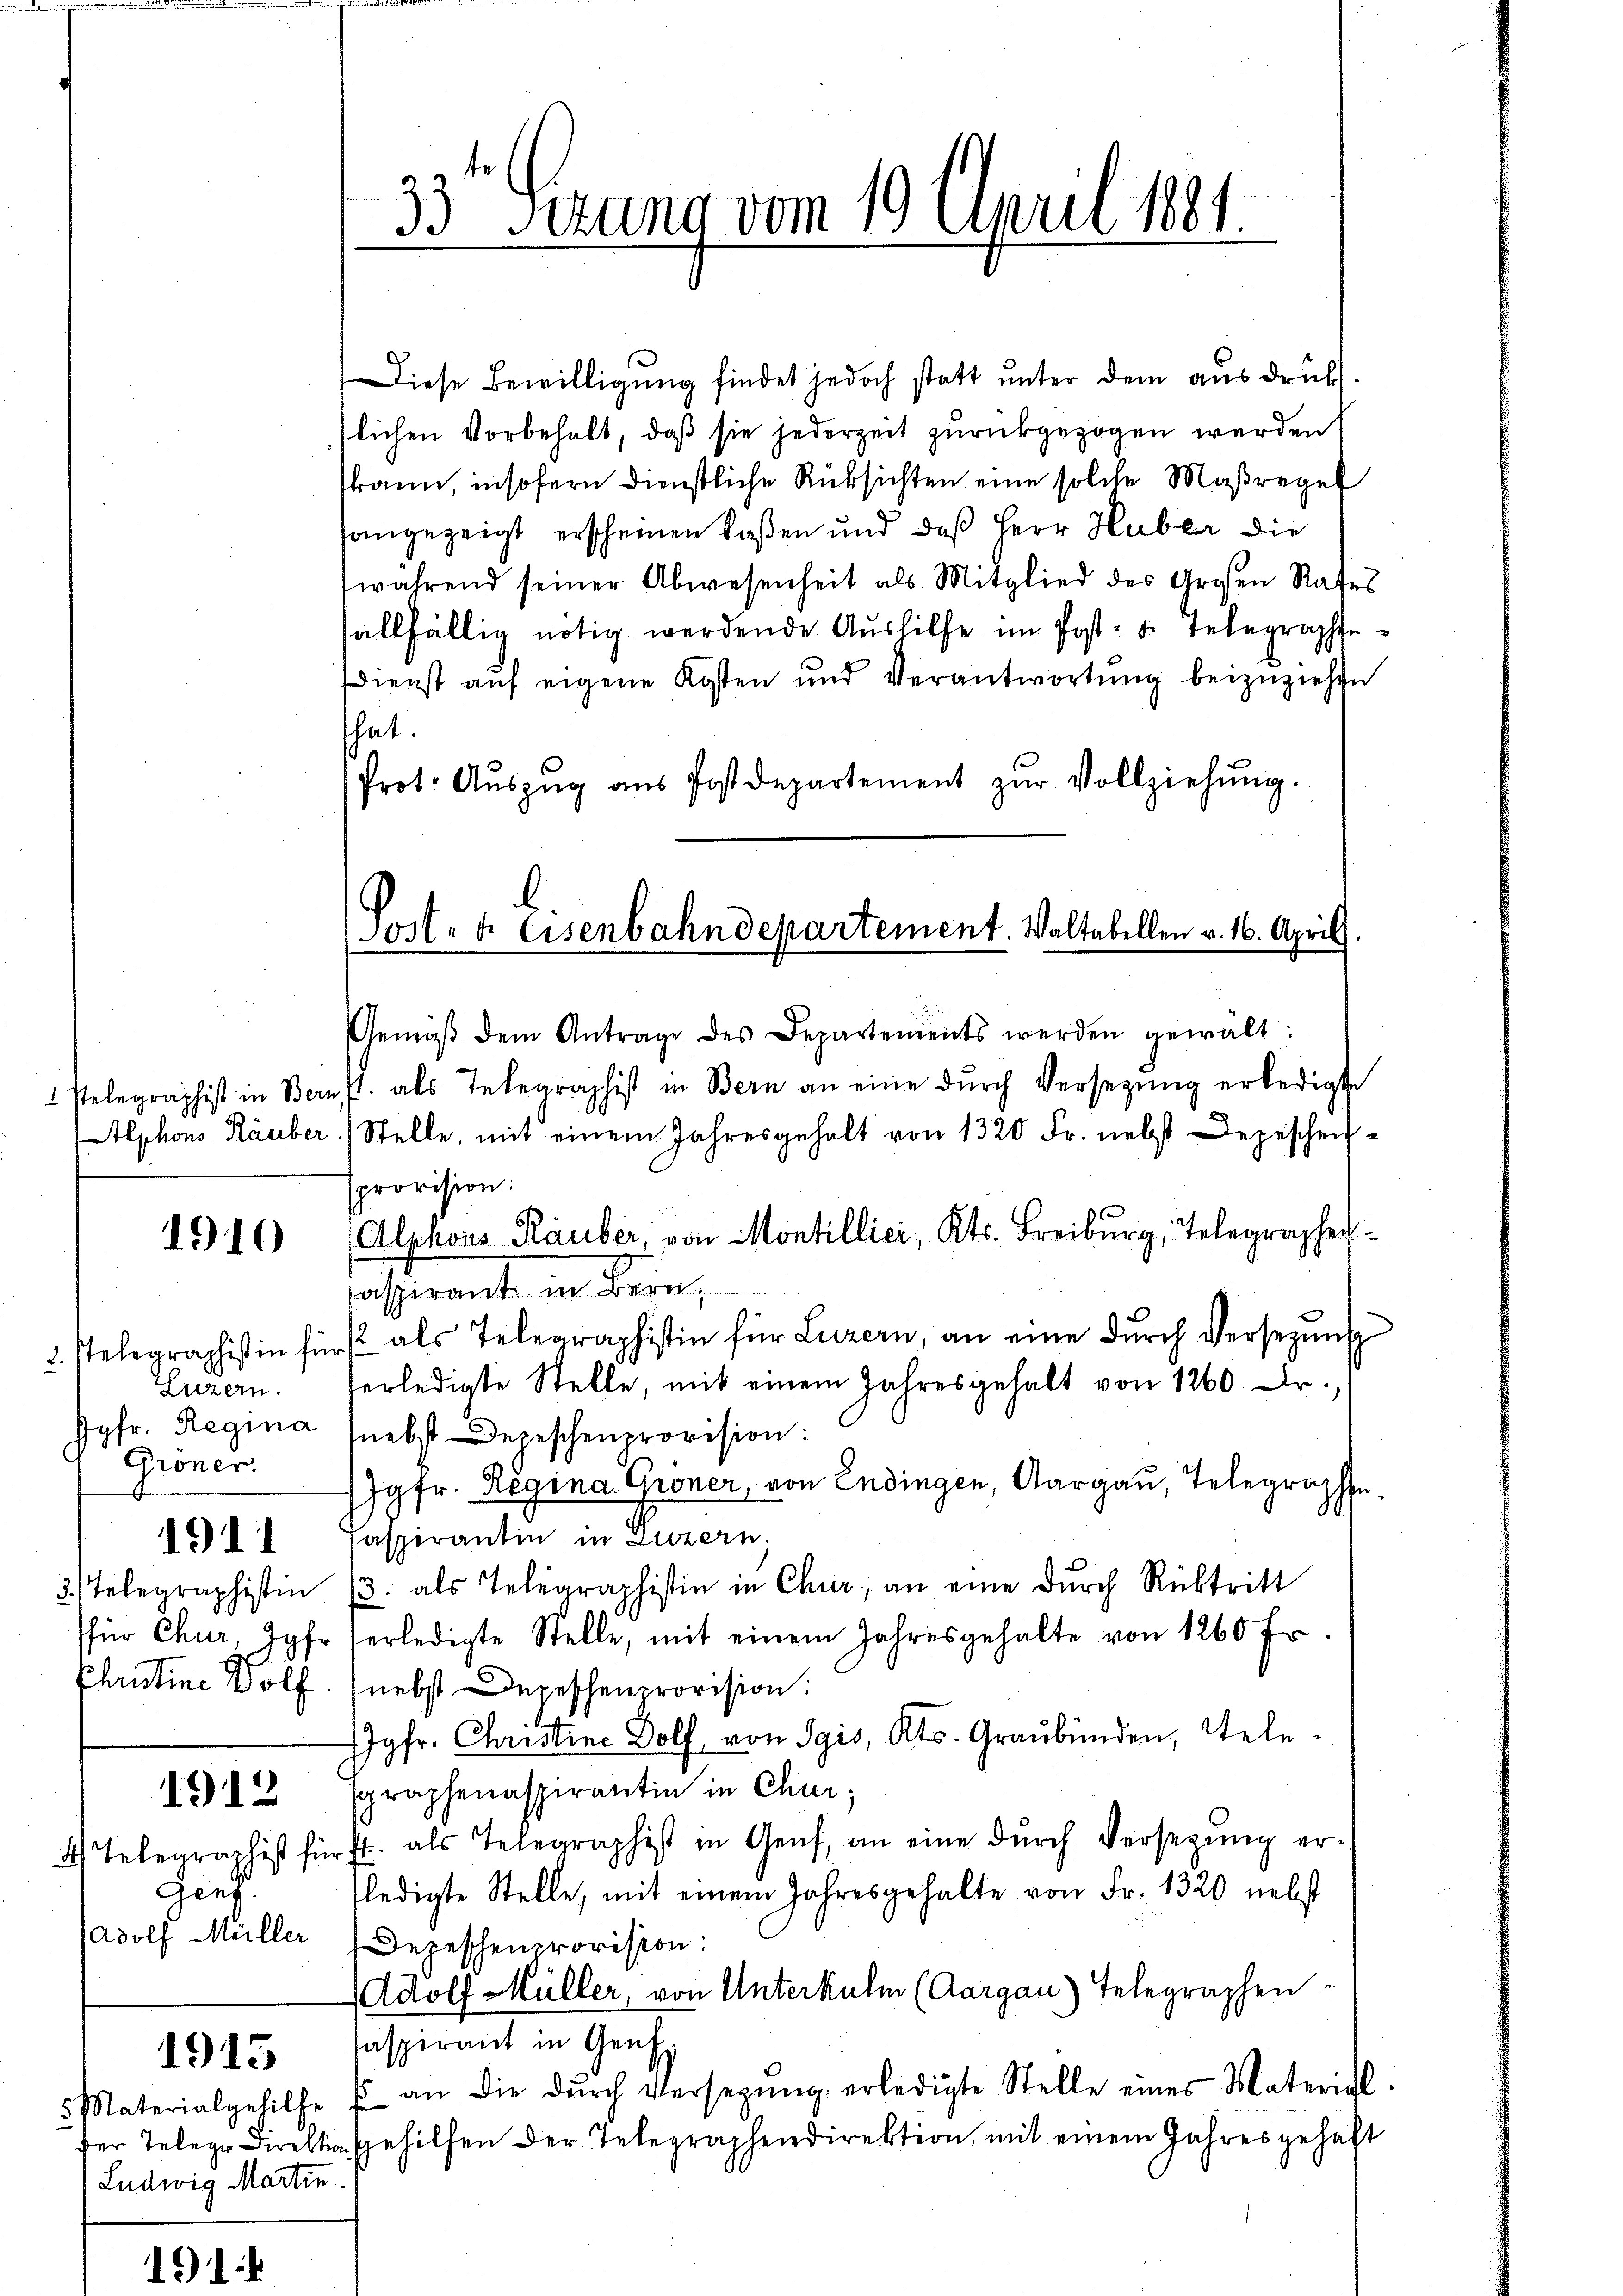
Relegraphist in Beri
Alphons Rauber

1910

2. Telegraphistin für
Luzern.
Jgfr. Regina
Gröner.

1911

3) Telegraphistin
für Chur, Jgfr.
Christine Wolf

1912

4 Telegraphist für
Genf.
adolf Müller

1913

5 Materialgehilfe
Ludwig Martin

33 Sizung vom 19. April 1881.

Diese Bewilligung findet jedoch statt unter dem ausdrückstlichen Vorbehalt, daß sie jederzeit zurückgezogen werden
kann, insofern dienstliche Rücksichten eine solche Maßregel
sangezeigt erscheinen laßen und daß Herr Huber die
während seiner Abwesenheit als Mitglied des Großen Rates
allfällig nötig werdende Aushilfe im Post- u. Telegraphsedienst aŭf eigene Kosten und Verantwortŭng beizuziehen
hat.
Prot. Aŭszŭg aŭs Postdepartement zŭr Vollziehŭng.
b
Post- & Eisenbahndepartement. Waltabellen v. 16. April,

Gemäβ dem Antrage des Departements werden gewält:
est. als Telegraphist in Bern an eine dŭrch Versetzŭng erledigt
Stelle, mit einem Jahresgehalt von 1320 Fr. nebst Depeschen
provision:
Alphons Rauber, von Montillici, Kts. Freiburg, Telegraphenaspirant in Bern
" als Telegraphistin für Luzern, an eine dŭrch Versezung
erledigte Stelle, mit einem Jahresgehalt von 1260. Dr.
nebst Depeschenprovision:
Jgfr. Regina Groner, von Endingen, Aargau, Telegraphen
Paspirantin in Luzern.
/3. als Telegraphistin in Chur, an eine dŭrch Rücktritt
erledigte Stelle, mit einem Jahresgehalte von 1260 fr
(nebst Depeschenprovision:
Jgfr. Christine Dolf, von Sgis, Kts. Graubünden, Telesgraphenaspirantin in Chur;
irft. als Telegraphist in Genf, an eine dŭrch Versetzŭng er-
fledigte Stelle, mit einem Jahresgehalte von Fr. 1320 nebst
Depeschenprovision:
Adolf Müller, von Unterkulm (Aargau) Telegraphen-
aspirant in Gen
 an die dŭrch Versegŭng erledigte Stelle eines Matericht.
der Telege Direktiv gehilfen der Telegraphendirektion, mit einem Jahresgehalt